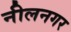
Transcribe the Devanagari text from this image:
नीलनगर